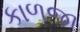
કાળજા